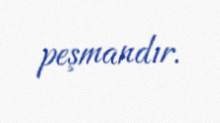
peşmandır.